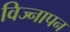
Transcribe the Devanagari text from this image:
विज्नापन